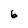
Character: b